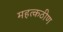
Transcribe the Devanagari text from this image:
महत्कठीण